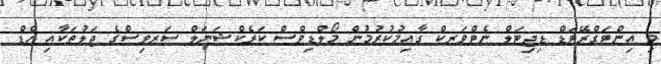
މި އިންޓަގްރޭޓަޑް ޑިޖިޓަލް ނެޓްވަރކް ގާއިމުކުރުމުން މޯލްޑިވްސް ކަރެކްޝަނަލް ސަރވިސްގެ ޖަލުތަކާއި ހެޑް